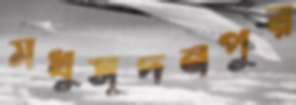
মধুসূদনপুর